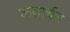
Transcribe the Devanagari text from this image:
लतार्चन